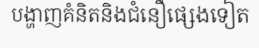
បង្ហាញគំនិតនិងជំនឿផ្សេងទៀត